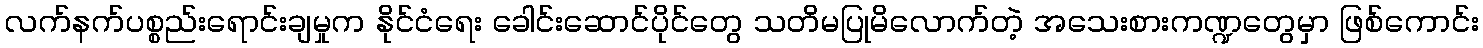
လက်နက်ပစ္စည်းရောင်းချမှုက နိုင်ငံရေး ခေါင်းဆောင်ပိုင်တွေ သတိမပြုမိလောက်တဲ့ အသေးစားကဏ္ဍတွေမှာ ဖြစ်ကောင်း